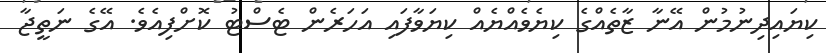
ކިޔައިދިނުމުން އޭނާ ޒާތެއްގެ ކިޔެވެއްޔެއް ކިޔަވާފައި އަހަރެން ޓެސްޓު ކޮށްފިއެވެ. އޭގެ ނަތީޖާ